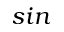
s i n